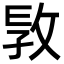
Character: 𢼪